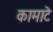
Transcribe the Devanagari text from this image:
कामाटे